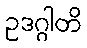
ဥဒဂ္ဂါတိ